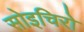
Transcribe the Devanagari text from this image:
सोइचिरो